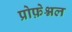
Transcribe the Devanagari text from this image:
प्रोफ़ेश्नल